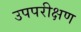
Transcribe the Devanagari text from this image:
उपपरीक्षण